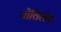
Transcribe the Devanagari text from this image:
गोतिलेब